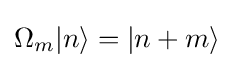
\Omega _{m}|n\rangle =|n+m\rangle